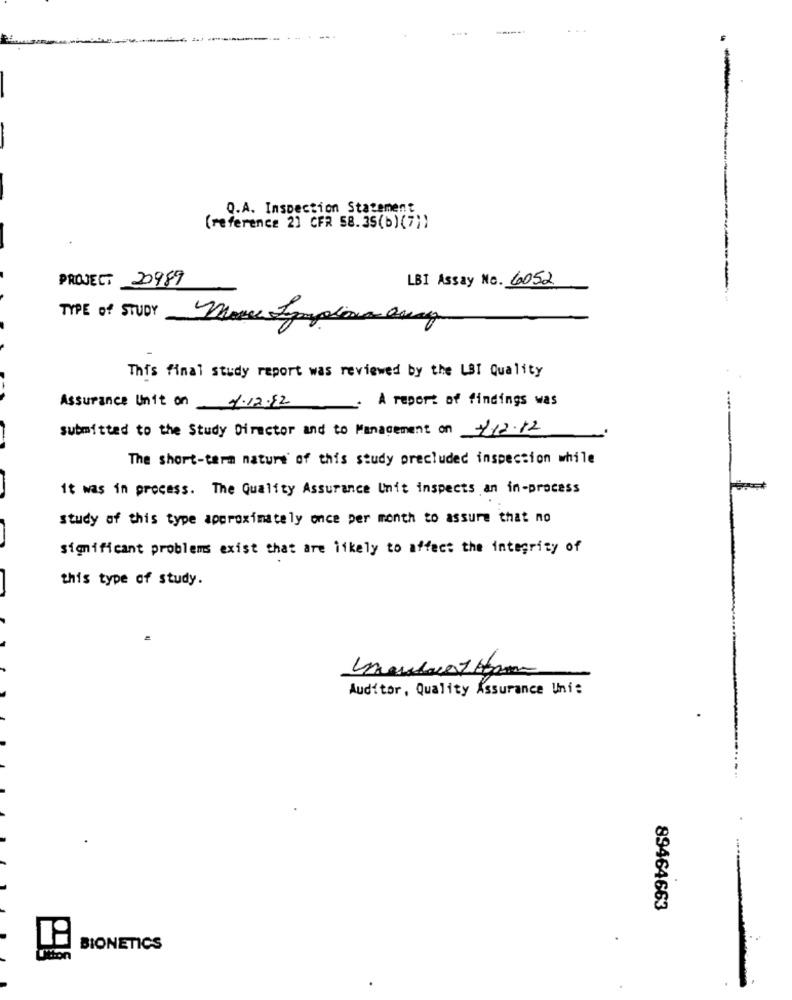
....
Q.A. Inspection Statement
(reference 2) CFR 58. 35(b) (7))
PROJECT 20989
LBI Assay No. 6052
TYPE of STUDY
This final study report was reviewed by the LBI Quality
Assurance Unit on 1.12.92
A report of findings was
submitted to the Study Director and to Management on 112.12
The short-term nature of this study precluded inspection while
it was in process. The Quality Assurance Unit inspects an in-process
study of this type approximately once per month to assure that no
significant problems exist that are likely to affect the integrity of
this type of study.
Auditor, Quality Assurance Uni:
89464663
BIONETICS